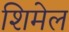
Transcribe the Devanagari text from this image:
शिमेल